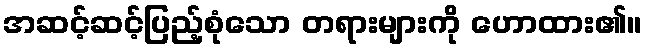
အဆင့်ဆင့်ပြည့်စုံသော တရားများကို ဟောထား၏။